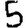
Digit: 5